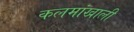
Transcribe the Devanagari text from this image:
कलमांखाली